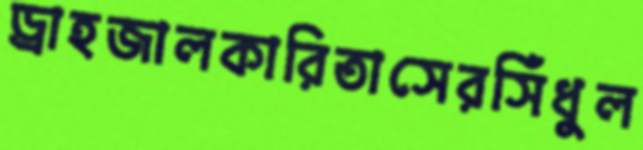
ড্রাহজালকারিতাসেরসিঁধুল